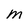
Character: M